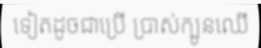
ទៀតដូចជាប្រើ ប្រាស់ក្បូនឈើ